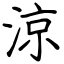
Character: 涼